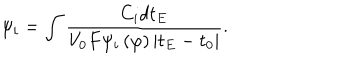
\psi _ { i } = \int \frac { C _ { i } d t _ { E } } { V _ { 0 } F \psi _ { i } \left( \varphi \right) \left| t _ { E } - t _ { 0 } \right| } .